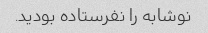
نوشابه را نفرستاده بودید.